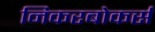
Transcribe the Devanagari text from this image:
निकरबोकर्स